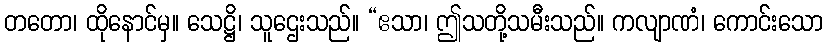
တတော၊ ထိုနောင်မှ။ သေဋ္ဌိ၊ သူဌေးသည်။ “ဧသာ၊ ဤသတို့သမီးသည်။ ကလျာဏံ၊ ကောင်းသော